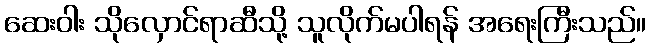
ဆေးဝါး သိုလှောင်ရာဆီသို့ သူလိုက်မပါရန် အရေးကြီးသည်။